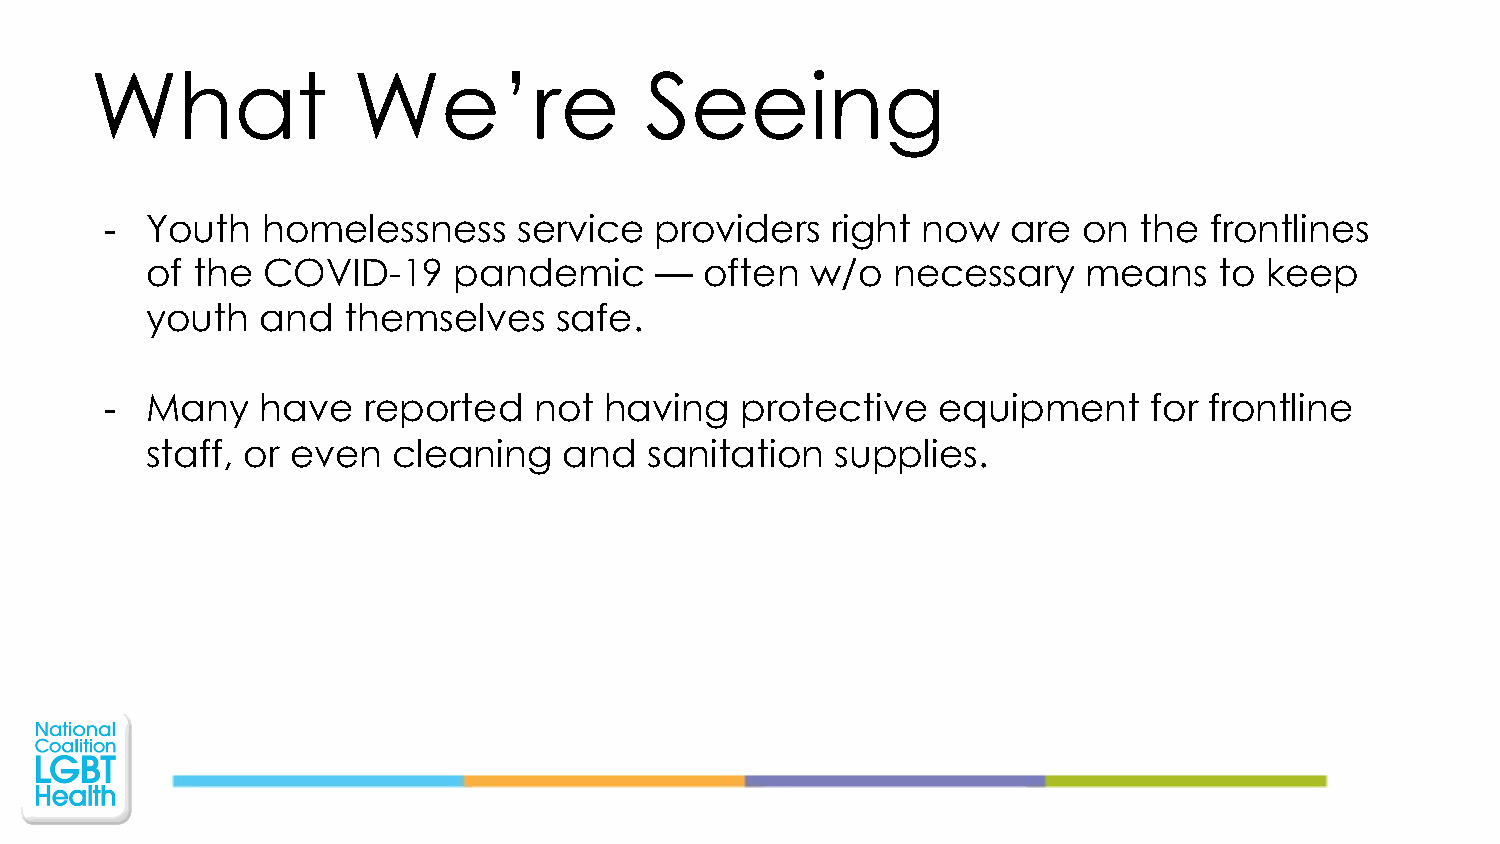
What             We’re               Seeing
 -  Youth  homelessness     service  providers   right now   are  on the  frontlines
 of the COVID-19     pandemic     —   often  w/o  necessary    means    to keep
 youth  and   themselves    safe.
 -  Many   have   reported   not  having   protective   equipment     for frontline
 staff, or even  cleaning   and   sanitation  supplies.